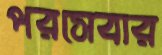
পরসেবার